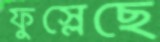
ফুস্‌লেছে